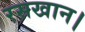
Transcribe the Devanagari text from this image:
रसखान।